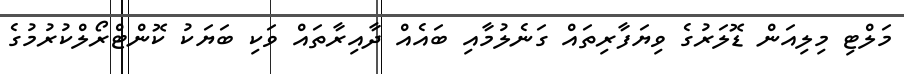
މަލްޓި މިލިއަން ޑޮލަރުގެ ވިޔަފާރިތައް ގަނެލުމާއި ބައެއް ދާއިރާތައް ވަކި ބަޔަކު ކޮންޓްރޯލްކުރުމުގެ